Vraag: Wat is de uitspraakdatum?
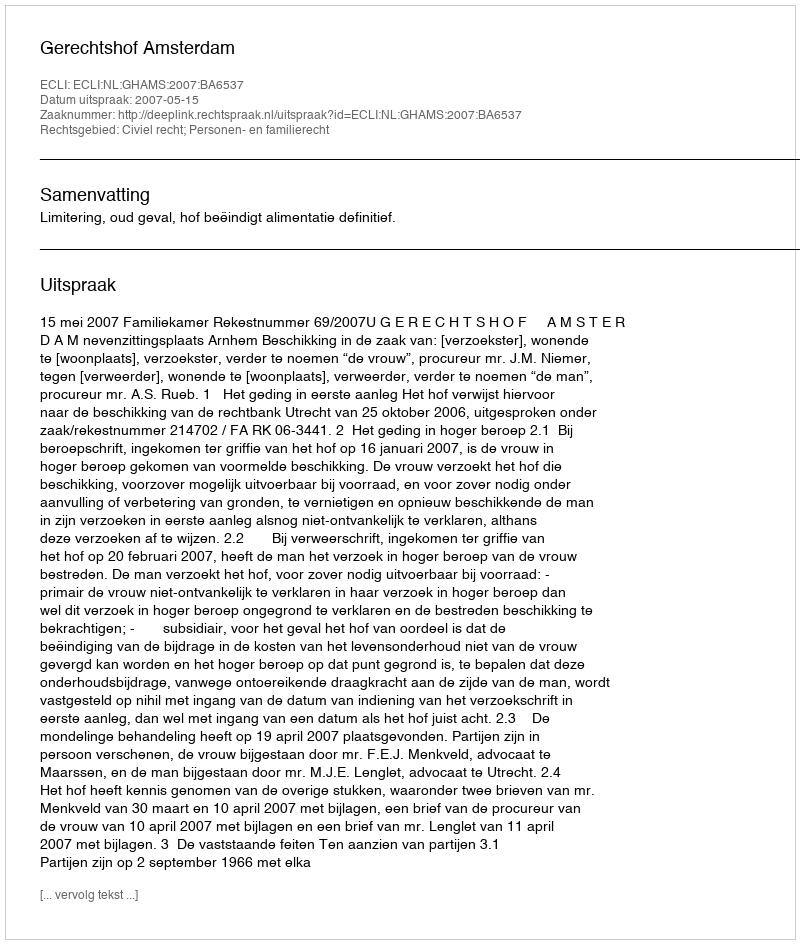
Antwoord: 2007-05-15